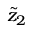
\tilde { z } _ { 2 }